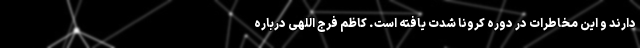
دارند و این مخاطرات در دوره کرونا شدت یافته است. کاظم فرج اللهی درباره